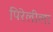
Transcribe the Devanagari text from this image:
पिरेलीला